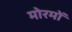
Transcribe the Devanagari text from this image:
मोरमों